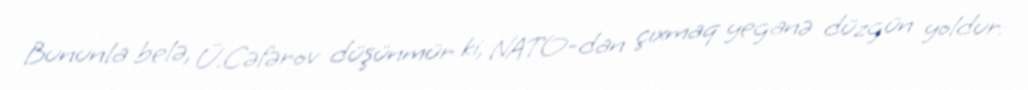
Bununla belə, Ü.Cəfərov düşünmür ki, NATO-dan çıxmaq yeganə düzgün yoldur: